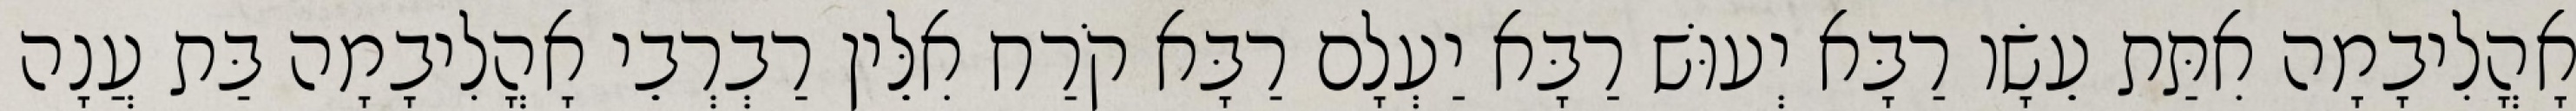
אָהֳלִיבָמָה אִתַּת עֵשָׂו רַבָּא יְעוּשׁ רַבָּא יַעְלָם רַבָּא קֹרַח אִלֵּין רַבְרְבֵי אָהֳלִיבָמָה בַּת עֲנָה